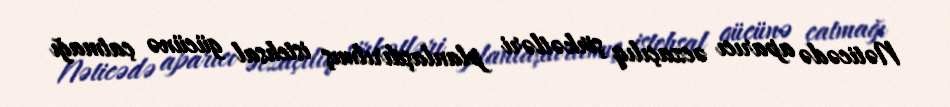
Nəticədə aparıcı əczaçılıq şirkətləri planlaşdırılmış istehsal gücünə çatmağı